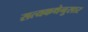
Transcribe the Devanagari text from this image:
सत्यकथेनुसार